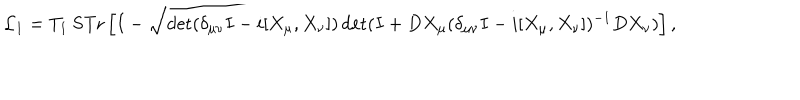
{ \cal L } _ { 1 } = T _ { 1 } ~ \mathrm { S T r } \left[ I - \sqrt { \det ( \delta _ { \mu \nu } I - i [ X _ { \mu } , X _ { \nu } ] ) \det ( I + D X _ { \mu } ( \delta _ { \mu \nu } I - i [ X _ { \mu } , X _ { \nu } ] ) ^ { - 1 } D X _ { \nu } ) } \right] ,